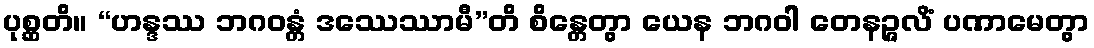
ပုစ္ဆတိ။ “ဟန္ဒဿ ဘဂဝန္တံ ဒဿေဿာမီ”တိ စိန္တေတွာ ယေန ဘဂဝါ တေနဉ္ဇလိံ ပဏာမေတွာ